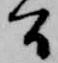
間